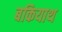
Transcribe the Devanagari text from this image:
बकियाथ